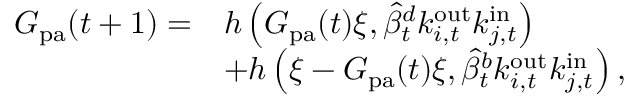
\begin{array} { r l } { G _ { \mathrm { p a } } ( t + 1 ) = } & { h \left( G _ { \mathrm { p a } } ( t ) \xi , \widehat { \beta } _ { t } ^ { d } k _ { i , t } ^ { \mathrm { o u t } } k _ { j , t } ^ { \mathrm { i n } } \right) } \\ & { + h \left( \xi - G _ { \mathrm { p a } } ( t ) \xi , \widehat { \beta } _ { t } ^ { b } k _ { i , t } ^ { \mathrm { o u t } } k _ { j , t } ^ { \mathrm { i n } } \right) , } \end{array}